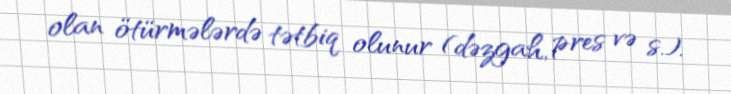
olan ötürmələrdə tətbiq olunur (dəzgah, pres və s.).